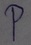
Text: p